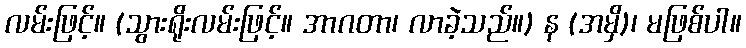
လမ်းဖြင့်။ (သွားရိုးလမ်းဖြင့်။ အာဂတာ၊ လာခဲ့သည်။) န (အမှိ)၊ မဖြစ်ပါ။